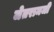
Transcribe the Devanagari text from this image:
जेतरामजी